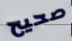
صحيح